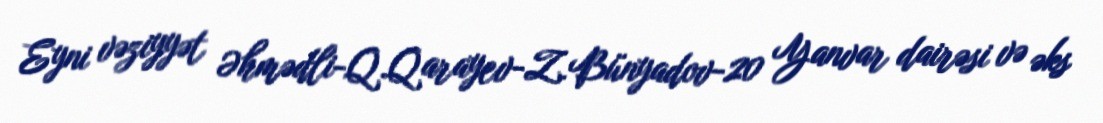
Eyni vəziyyət Əhmədli-Q.Qarayev-Z.Bünyadov-20 Yanvar dairəsi və əks